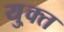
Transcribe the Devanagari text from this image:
यु्क्त